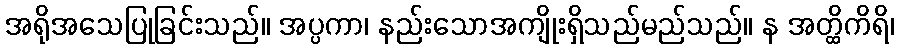
အရိုအသေပြုခြင်းသည်။ အပ္ပကာ၊ နည်းသောအကျိုးရှိသည်မည်သည်။ န အတ္ထိကိရိ၊